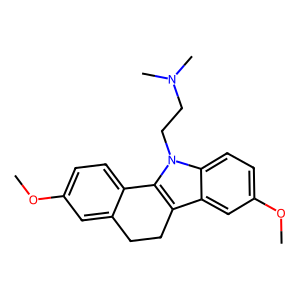
SMILES: COc1ccc2c(c1)CCc1c-2n(CCN(C)C)c2ccc(OC)cc12
Inhibits HIV replication: No